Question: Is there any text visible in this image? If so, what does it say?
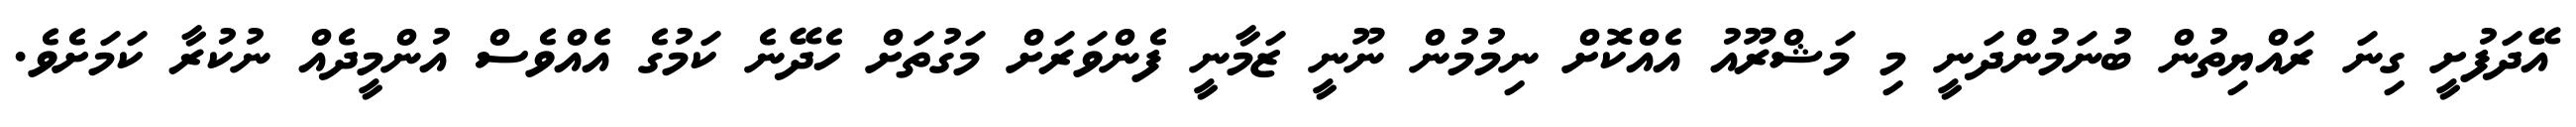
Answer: އޭދަފުށީ ގިނަ ރައްޔިތުން ބުނަމުންދަނީ މި މަޝްރޫއު އެއްކޮށް ނިމުމުން ނޫނީ ޒަމާނީ ފެންވަރަށް މަގުތަށް ހެދޭނެ ކަމުގެ އެއްވެސް އުންމީދެއް ނުކުރާ ކަމަށެވެ.